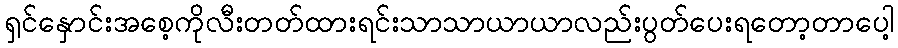
ရှင်နှောင်းအစေ့ကိုလီးတတ်ထားရင်းသာသာယာယာလည်းပွတ်ပေးရတော့တာပေါ့